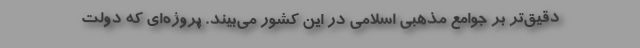
دقیق‌تر بر جوامع مذهبی اسلامی در این کشور می‌بیند. پروژه‌ای که دولت